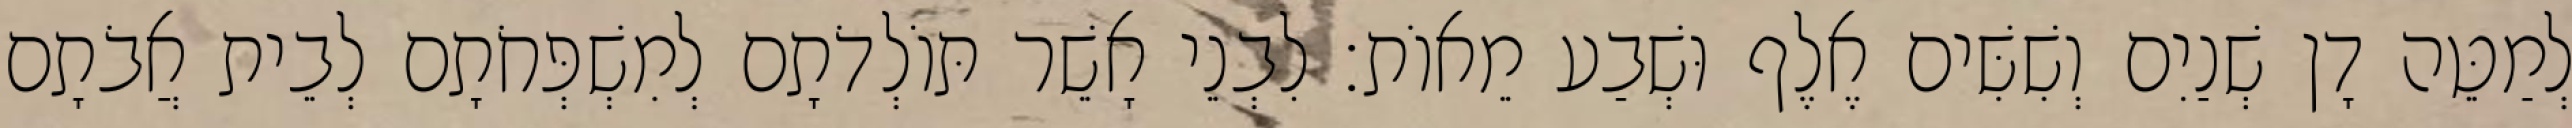
לְמַטֵּה דָן שְׁנַיִם וְשִׁשִּׁים אֶלֶף וּשְׁבַע מֵאוֹת׃ לִבְנֵי אָשֵׁר תּוֹלְדֹתָם לְמִשְׁפְּחֹתָם לְבֵית אֲבֹתָם